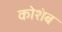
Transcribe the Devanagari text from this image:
कोशंब